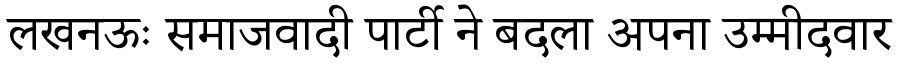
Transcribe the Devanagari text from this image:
लखनऊः समाजवादी पार्टी ने बदला अपना उम्मीदवार